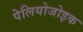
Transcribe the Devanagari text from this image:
पेलियोजोइक